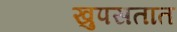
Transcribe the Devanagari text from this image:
खुपसतात